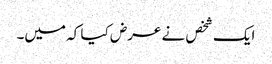
ایک شخص نے عرض کیا کہ میں۔